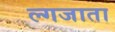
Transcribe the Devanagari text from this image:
ल्गजाता